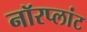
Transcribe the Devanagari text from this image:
नॉरप्लांट